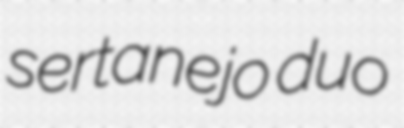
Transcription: sertanejo duo